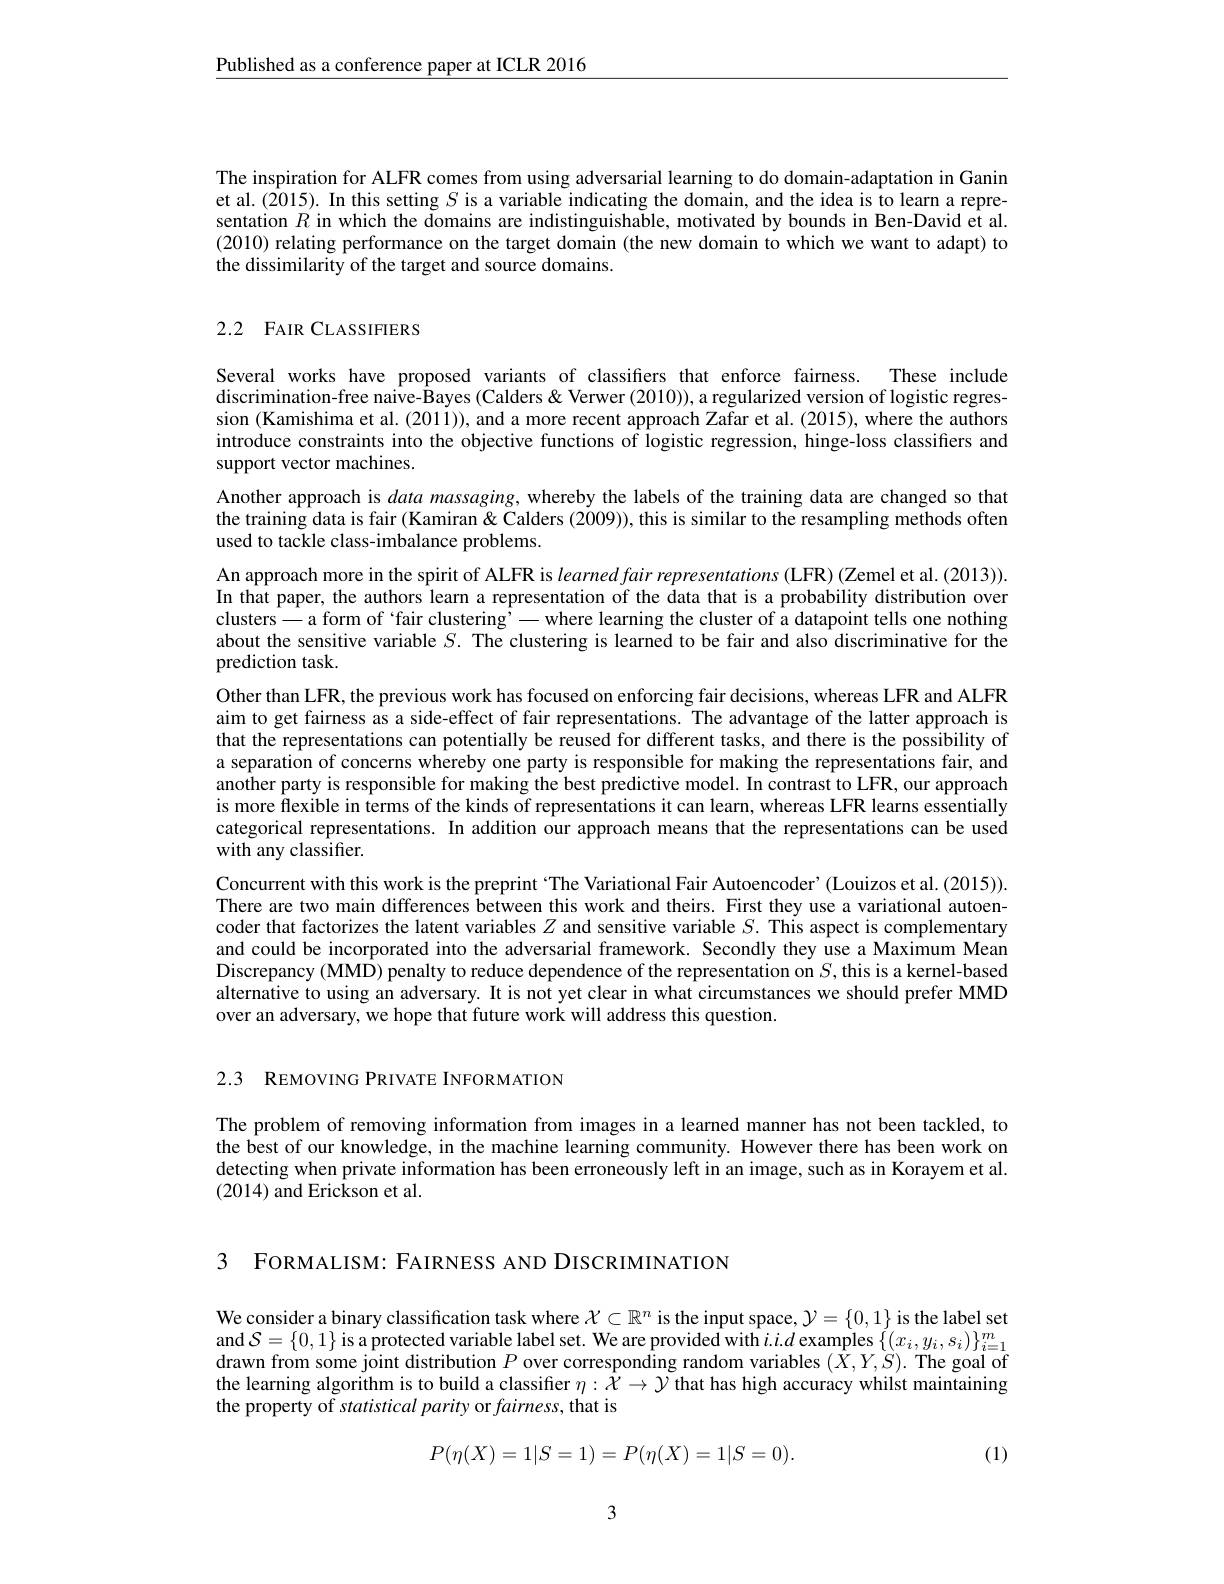
$\underline{\text{Published as a conference paper at ICLR 2016}}$

The inspiration for ALFR comes from using adversarial learning to do domain-adaptation in Ganin et al.(2015). In this setting $S$ is a variable indicating the domain, and the idea is to learn a representation $R$ in which the domains are indistinguishable, motivated by bounds in Ben-David et al. (2010) relating performance on the target domain (the new domain to which we want to adapt) to the dissimilarity of the target and source domains.

## 2.2 FAIR CLASSIFIERS

Several works have proposed variants of classifers that enforce fairness. These include discrimination-free naive-Bayes (Calders& Verwer (2010)), a regularized version of logistic regression (Kamishima et al. (2011)), and a more recent approach Zafar et al. (2015), where the authors introduce constraints into the objective functions of logistic regression, hinge-loss classifiers and support vector machines.
Another approach is data massaging, whereby the labels of the training data are changed so that the training data is fair (Kamiran & Calders (2009)), this is similar to the resampling methods often used to tackle class-imbalance problems.
An approach more in the spirit of ALFR is learned fair representations (LFR) (Zemel et al.(2013)). In that paper, the authors learn a representation of the data that is a probability distribution over clusters— a form of‘fair clustering’— where learning the cluster of a datapoint tells one nothing about the sensitive variable $S.$ The clustering is learned to be fair and also discriminative for the prediction task.
Other than LFR, the previous work has focused on enforcing fair decisions, whereas LFR and ALFR aim to get fairness as a side-effect of fair representations. The advantage of the latter approach is that the representations can potentially be reused for different tasks, and there is the possibility of a separation of concerns whereby one party is responsible for making the representations fair, and another party is responsible for making the best predictive model. In contrast to LFR, our approach is more flexible in terms of the kinds of representations it can learn, whereas LFR learns essentially categorical representations. In addition our approach means that the representations can be used with any classifier.
Concurrent with this work is the preprint `The Variational Fair Autoencoder'(Louizos et al.(2015)). There are two main differences between this work and theirs. First they use a variational autoencoder that factorizes the latent variables $Z$ and sensitive variable $S.$ This aspect is complementary and could be incorporated into the adversarial framework. Secondly they use a Maximum Mean Discrepancy (MMD) penalty to reduce dependence of the representation on $S$,this is a kernel-based alternative to using an adversary. It is not yet clear in what circumstances we should prefer MMD over an adversary, we hope that future work will address this question.

2.3 REMOVING PRIVATE INFORMATION

The problem of removing information from images in a learned manner has not been tackled, to the best of our knowledge, in the machine learning community. However there has been work on detecting when private information has been erroneously left in an image, such as in Korayem et al. (2014) and Erickson et al.

3 FORMALISM: FAIRNESS AND DISCRIMINATION

We consider a binary classification task where $\mathcal{X}\subset\mathbb{R}^n$ is the input space, $\mathcal{Y}=\{0,1\}$ is the label set and $\mathcal{S}=\{0,1\}$ is a protected variable label set. We are provided with $i.i.d$ examples $\{(x_i,y_i,s_i)\}_i=1^m$ drawn from some joint distribution $P$ over corresponding random variables $(\hat{X},Y,S).$ The goal of the learning algorithm is to build a classifier $\eta:\bar{X}\to\mathcal{Y}$ that has high accuracy whilst maintaining the property of statistical parity or fairness, that is
$$P(\eta(X)=1|S=1)=P(\eta(X)=1|S=0).$$
(1)

3